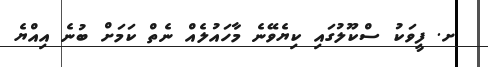
ށ. ފީވަކު ސްކޫލުގައި ކިޔެވޭނެ މާހައުލެއް ނެތް ކަމަށް ބުނެ އިއްޔެ